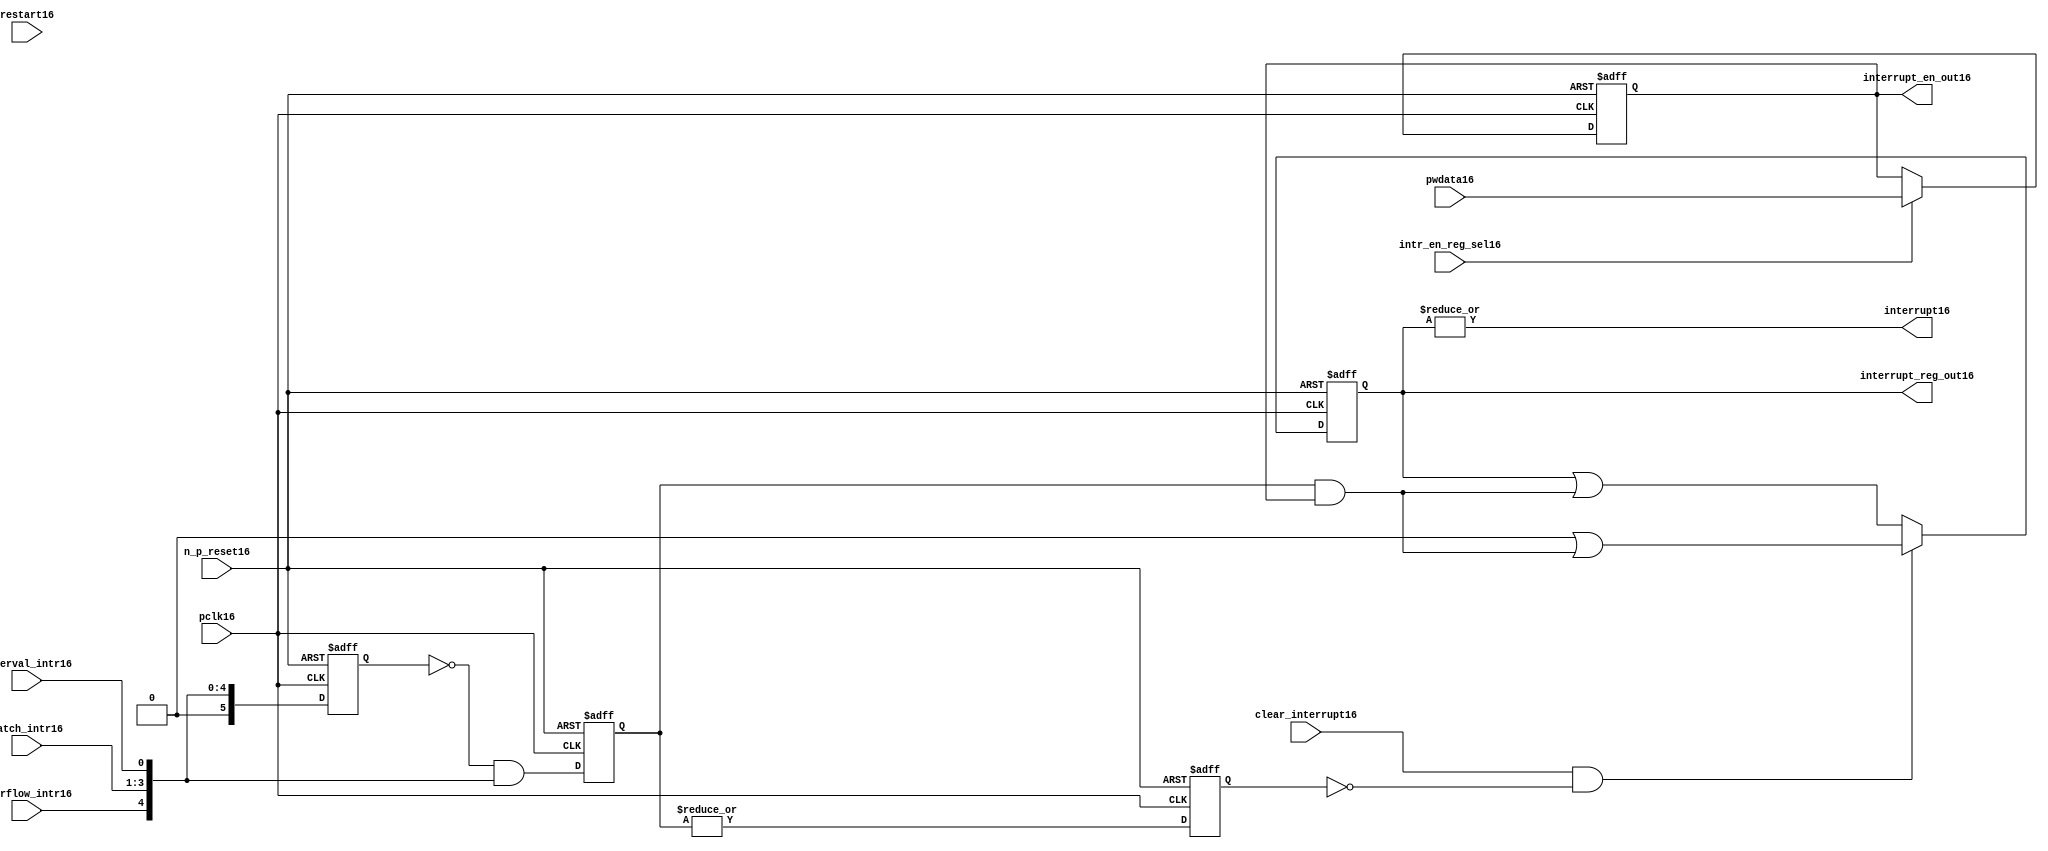
//File16 name   : ttc_interrupt_lite16.v
//Title16       : 
//Created16     : 1999
//Description16 : Interrupts16 from the counter modules16 are registered
//              and if enabled cause the output interrupt16 to go16 high16.
//              Also16 the match116 interrupts16 are monitored16 to generate output 
//Notes16       : 
//----------------------------------------------------------------------
//   Copyright16 1999-2010 Cadence16 Design16 Systems16, Inc16.
//   All Rights16 Reserved16 Worldwide16
//
//   Licensed16 under the Apache16 License16, Version16 2.0 (the
//   "License16"); you may not use this file except16 in
//   compliance16 with the License16.  You may obtain16 a copy of
//   the License16 at
//
//       http16://www16.apache16.org16/licenses16/LICENSE16-2.0
//
//   Unless16 required16 by applicable16 law16 or agreed16 to in
//   writing, software16 distributed16 under the License16 is
//   distributed16 on an "AS16 IS16" BASIS16, WITHOUT16 WARRANTIES16 OR16
//   CONDITIONS16 OF16 ANY16 KIND16, either16 express16 or implied16.  See
//   the License16 for the specific16 language16 governing16
//   permissions16 and limitations16 under the License16.
//----------------------------------------------------------------------
 


//-----------------------------------------------------------------------------
// Module16 definition16
//-----------------------------------------------------------------------------

module ttc_interrupt_lite16(

  //inputs16
  n_p_reset16,                             
  pwdata16,                             
  pclk16,
  intr_en_reg_sel16, 
  clear_interrupt16,                   
  interval_intr16,
  match_intr16,
  overflow_intr16,
  restart16,

  //outputs16
  interrupt16,
  interrupt_reg_out16,
  interrupt_en_out16
  
);


//-----------------------------------------------------------------------------
// PORT DECLARATIONS16
//-----------------------------------------------------------------------------

   //inputs16
   input         n_p_reset16;            //reset signal16
   input [5:0]   pwdata16;               //6 Bit16 Data signal16
   input         pclk16;                 //System16 clock16
   input         intr_en_reg_sel16;      //Interrupt16 Enable16 Reg16 Select16 signal16
   input         clear_interrupt16;      //Clear Interrupt16 Register signal16
   input         interval_intr16;        //Timer_Counter16 Interval16 Interrupt16
   input [3:1]   match_intr16;           //Timer_Counter16 Match16 1 Interrupt16 
   input         overflow_intr16;        //Timer_Counter16 Overflow16 Interrupt16 
   input         restart16;              //Counter16 restart16

   //Outputs16
   output        interrupt16;            //Interrupt16 Signal16 
   output [5:0]  interrupt_reg_out16;    //6 Bit16 Interrupt16 Register
   output [5:0]  interrupt_en_out16; //6 Bit16 Interrupt16 Enable16 Register


//-----------------------------------------------------------------------------
// Internal Signals16 & Registers16
//-----------------------------------------------------------------------------

   wire [5:0]   intr_detect16;          //Interrupts16 from the Timer_Counter16
   reg [5:0]    int_sync_reg16;         //6-bit 1st cycle sync register
   reg [5:0]    int_cycle_reg16;        //6-bit register ensuring16 each interrupt16 
                                      //only read once16
   reg [5:0]    interrupt_reg16;        //6-bit interrupt16 register        
   reg [5:0]    interrupt_en_reg16; //6-bit interrupt16 enable register
   

   reg          interrupt_set16;        //Prevents16 unread16 interrupt16 being cleared16
   
   wire         interrupt16;            //Interrupt16 output
   wire [5:0]   interrupt_reg_out16;    //Interrupt16 register output
   wire [5:0]   interrupt_en_out16; //Interrupt16 enable output


   assign interrupt16              = |(interrupt_reg16);
   assign interrupt_reg_out16      = interrupt_reg16;
   assign interrupt_en_out16       = interrupt_en_reg16;
   
   assign intr_detect16 = {1'b0,
                         overflow_intr16,  
                         match_intr16[3],  
                         match_intr16[2], 
                         match_intr16[1], 
                         interval_intr16};

   

// Setting interrupt16 registers
   
   always @ (posedge pclk16 or negedge n_p_reset16)
   begin: p_intr_reg_ctrl16
      
      if (!n_p_reset16)
      begin
         int_sync_reg16         <= 6'b000000;
         interrupt_reg16        <= 6'b000000;
         int_cycle_reg16        <= 6'b000000;
         interrupt_set16        <= 1'b0;
      end
      else 
      begin

         int_sync_reg16    <= intr_detect16;
         int_cycle_reg16   <= ~int_sync_reg16 & intr_detect16;

         interrupt_set16   <= |int_cycle_reg16;
          
         if (clear_interrupt16 & ~interrupt_set16)
            interrupt_reg16 <= (6'b000000 | (int_cycle_reg16 & interrupt_en_reg16));
         else 
            interrupt_reg16 <= (interrupt_reg16 | (int_cycle_reg16 & 
                                               interrupt_en_reg16));
      end 
      
   end  //p_intr_reg_ctrl16


// Setting interrupt16 enable register
   
   always @ (posedge pclk16 or negedge n_p_reset16)
   begin: p_intr_en_reg16
      
      if (!n_p_reset16)
      begin
         interrupt_en_reg16 <= 6'b000000;
      end
      else 
      begin

         if (intr_en_reg_sel16)
            interrupt_en_reg16 <= pwdata16[5:0];
         else
            interrupt_en_reg16 <= interrupt_en_reg16;

      end 
      
   end  
           


endmodule